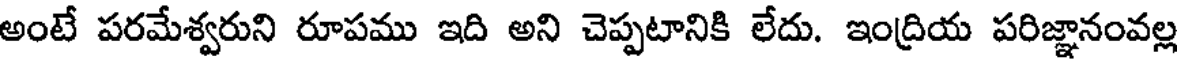
అంటే పరమేశ్వరుని రూపము ఇది అని చెప్పటానికి లేదు. ఇంద్రియ పరిజ్ఞానంవల్ల